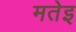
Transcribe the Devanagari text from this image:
मतेइ